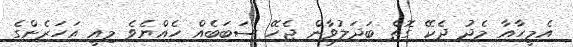
އެމީހާއާ މެދު ދެކޭ ގޮތް ބަދަލުވާން ޖެހޭ ސަބަބެއް ހެއްޔެވެ މިއީ އަހަރެންގެ